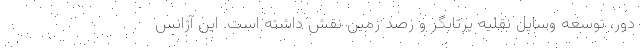
دور، توسعه وسایل نقلیه پرتابگر و رصد زمین نقش داشته است. این آژانس